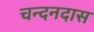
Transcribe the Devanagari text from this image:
चन्दनदास